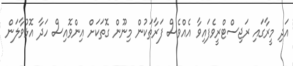
އަދި މީރާގައި ރަޖިސްޓްރީވެފައިވާ އެއްވެސް ފަރާތަކުން މިނޫން ގޮތަކަށް އިންވޮއިސް ހަދާ އޮޅުވާލަން